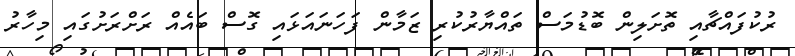
ރުކުފައްޗާއި ތޮށަލިން ބޮޑުމަސް ތައްޔާރުކުރި ޒަމާން ފަހަނައަޅައި ގޮސް ބައެއް ރަށްރަށުގައި މިހާރު